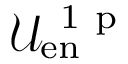
\mathcal { U } _ { \mathrm { e n } } ^ { \mathrm { ~ 1 ~ p ~ } }